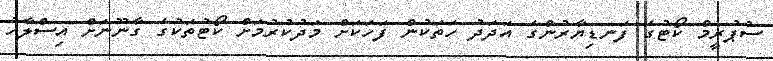
ސުޕުރީމް ކޯޓުގެ ފަނޑިޔާރުންގެ އަދަދު ހަތަކުން ފަހަކަށް މަދުކުރުމަށް ކޯޓުތަކުގެ ގާނޫނަށް އިސްލާހު